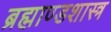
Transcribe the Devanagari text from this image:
ब्रह्माण्डशास्त्र